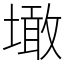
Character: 𡑒